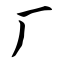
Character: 厂